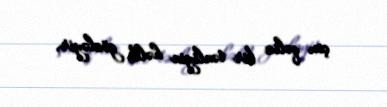
çox qəliz bir tənliyin həlli gözləyir.